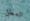
العطل